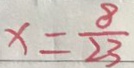
x = \frac { 8 } { 2 3 }